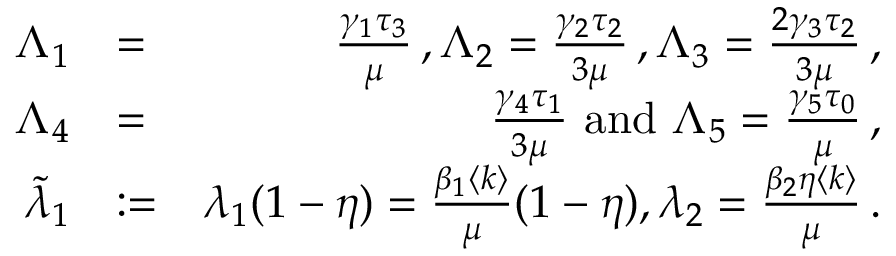
\begin{array} { r l r } { \Lambda _ { 1 } } & { = } & { \frac { \gamma _ { 1 } \tau _ { 3 } } { \mu } \, , \Lambda _ { 2 } = \frac { \gamma _ { 2 } \tau _ { 2 } } { 3 \mu } \, , \Lambda _ { 3 } = \frac { 2 \gamma _ { 3 } \tau _ { 2 } } { 3 \mu } \, , } \\ { \Lambda _ { 4 } } & { = } & { \frac { \gamma _ { 4 } \tau _ { 1 } } { 3 \mu } \mathrm { ~ a n d ~ } \Lambda _ { 5 } = \frac { \gamma _ { 5 } \tau _ { 0 } } { \mu } \, , } \\ { \tilde { \lambda } _ { 1 } } & { : = } & { { \lambda _ { 1 } ( 1 - \eta ) } = \frac { \beta _ { 1 } \langle k \rangle } { \mu } ( 1 - \eta ) , \lambda _ { 2 } = \frac { \beta _ { 2 } \eta \langle k \rangle } { \mu } \, . } \end{array}